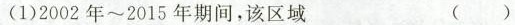
(1)2002 年~2015年 期间，该区域 ( )